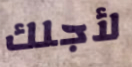
لأجلك